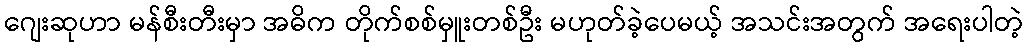
ဂျေးဆုဟာ မန်စီးတီးမှာ အဓိက တိုက်စစ်မှူးတစ်ဦး မဟုတ်ခဲ့ပေမယ့် အသင်းအတွက် အရေးပါတဲ့